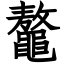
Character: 鼇